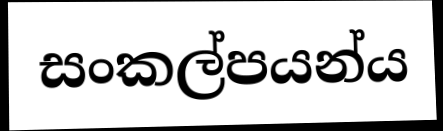
සංකල්පයන්ය